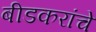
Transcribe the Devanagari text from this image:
बीडकरांचे